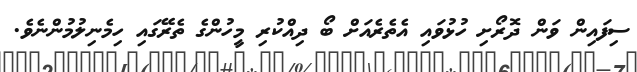
ސިފައިން ވަން ދޮރޯށި ހުޅުވައި އެތެރެއަށް ބޯ ދިއްކުރި މީހުންގެ ތެރޭގައި ހިމެނިލުމުންނެވެ.